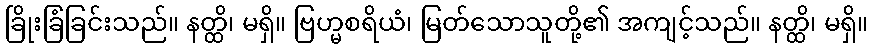
ခြိုးခြံခြင်းသည်။ နတ္ထိ၊ မရှိ။ ဗြဟ္မစရိယံ၊ မြတ်သောသူတို့၏ အကျင့်သည်။ နတ္ထိ၊ မရှိ။